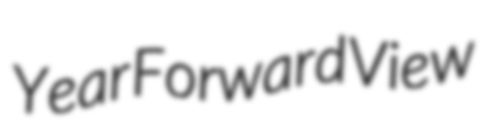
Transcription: Year Forward View